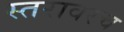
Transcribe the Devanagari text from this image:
स्तरावरच